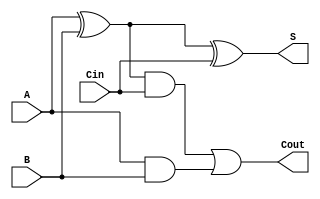
// declaramos o mdulo e listamos todos os seus pinos
module full_adder (
	// informamos o sentido de cada pino
	// tambm pode ser feito aqui na declarao do mdulo
	output	S, 		// S  uma sada
	output	Cout, // Cout  uma sada
	input	A, 		// A  uma entrada
	input	B, 		// B  uma entrada
	input	Cin		// Cin  uma entrada
	);

  // declaramos os fios internos
  wire k, w, y;

  // instanciamos os elementos, ligando pinos e fios
  xor x1 (k, A, B);   // k <-- A xor B 
  xor x2 (S, k, Cin); // S <-- k xor Cin
  and a1 (w, k, Cin); // w <-- k and Cin
  and a2 (y, A, B);   // y <-- A and B
  or  o1 (Cout, w, y); // Cout <-- w and y
  
endmodule